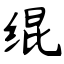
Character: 绲